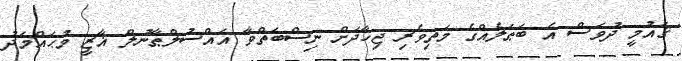
ޤައުމީ ދުވަސް އެ ބަޠަލެއްގެ މަތިވެރި ޖިހާދަށް ނިސްބަތްވާ އައްސުލްޠާނުލް ޣާޒީ މުޙައްމަދު